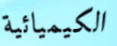
الكيميائية